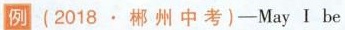
例(2018·郴 州 中 考)-May I be